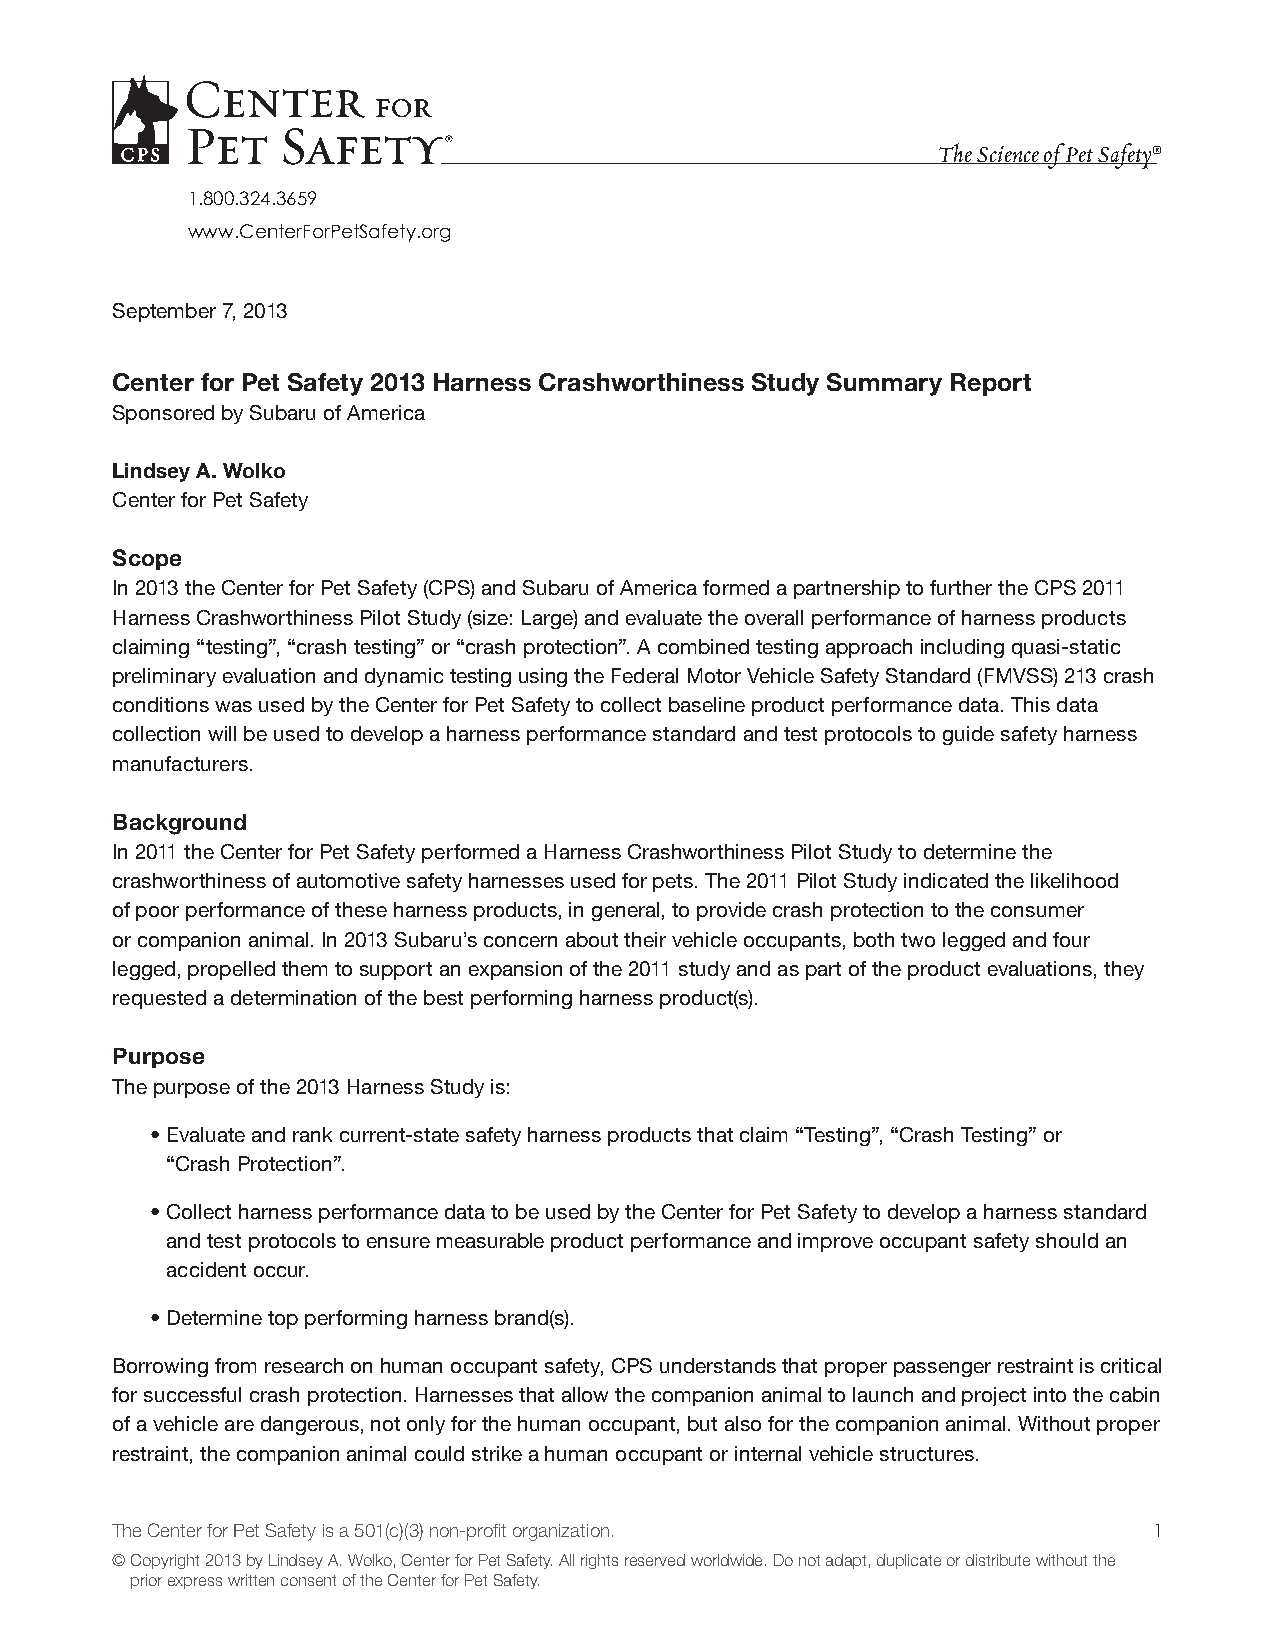
The Science of Pet Safety®
 1.800.324.3659
 www.CenterForPetSafety.org
 September 7, 2013
 Center for Pet Safety 2013 Harness Crashworthiness Study Summary Report
 Sponsored by Subaru of America
 Lindsey A. Wolko
 Center for Pet Safety
 Scope
 In 2013 the Center for Pet Safety (CPS) and Subaru of America formed a partnership to further the CPS 2011
 Harness Crashworthiness Pilot Study (size: Large) and evaluate the overall performance of harness products
 claiming “testing”, “crash testing” or “crash protection”. A combined testing approach including quasi-static
 preliminary evaluation and dynamic testing using the Federal Motor Vehicle Safety Standard (FMVSS) 213 crash
 conditions was used by the Center for Pet Safety to collect baseline product performance data. This data
 collection will be used to develop a harness performance standard and test protocols to guide safety harness
 manufacturers.
 Background
 In 2011 the Center for Pet Safety performed a Harness Crashworthiness Pilot Study to determine the
 crashworthiness of automotive safety harnesses used for pets. The 2011 Pilot Study indicated the likelihood
 of poor performance of these harness products, in general, to provide crash protection to the consumer
 or companion animal. In 2013 Subaru’s concern about their vehicle occupants, both two legged and four
 legged, propelled them to support an expansion of the 2011 study and as part of the product evaluations, they
 requested a determination of the best performing harness product(s).
 Purpose
 The purpose of the 2013 Harness Study is:
 • Evaluate and rank current-state safety harness products that claim “Testing”, “Crash Testing” or
 “Crash Protection”.
 • Collect harness performance data to be used by the Center for Pet Safety to develop a harness standard
 and test protocols to ensure measurable product performance and improve occupant safety should an
 accident occur.
 • Determine top performing harness brand(s).
 Borrowing from research on human occupant safety, CPS understands that proper passenger restraint is critical
 for successful crash protection. Harnesses that allow the companion animal to launch and project into the cabin
 of a vehicle are dangerous, not only for the human occupant, but also for the companion animal. Without proper
 restraint, the companion animal could strike a human occupant or internal vehicle structures.
 The Center for Pet Safety is a 501(c)(3) non-profit organization.    1
 © Copyright 2013 by Lindsey A. Wolko, Center for Pet Safety. All rights reserved worldwide. Do not adapt, duplicate or distribute without the
 prior express written consent of the Center for Pet Safety.